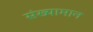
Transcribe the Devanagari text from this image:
संख्यामान